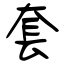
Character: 套